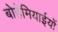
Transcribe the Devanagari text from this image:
बोहेमियाईयों